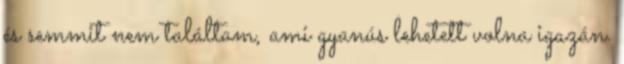
és semmit nem találtam, ami gyanús lehetett volna igazán.